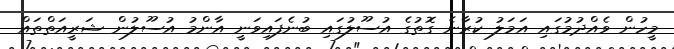
މީހުން ވެއްދުމުގައި އަމަލު ކުރާނެ ގޮތުގެ އުސޫލުގައި ބުނެފައިވަނީ އާންމު އުސޫލުން ޝަރީއަތްތައް